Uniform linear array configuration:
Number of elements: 8
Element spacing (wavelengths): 0.75
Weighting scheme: binomial
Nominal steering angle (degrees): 45
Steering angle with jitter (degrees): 46.996
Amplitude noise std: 0.05
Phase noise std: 0.05

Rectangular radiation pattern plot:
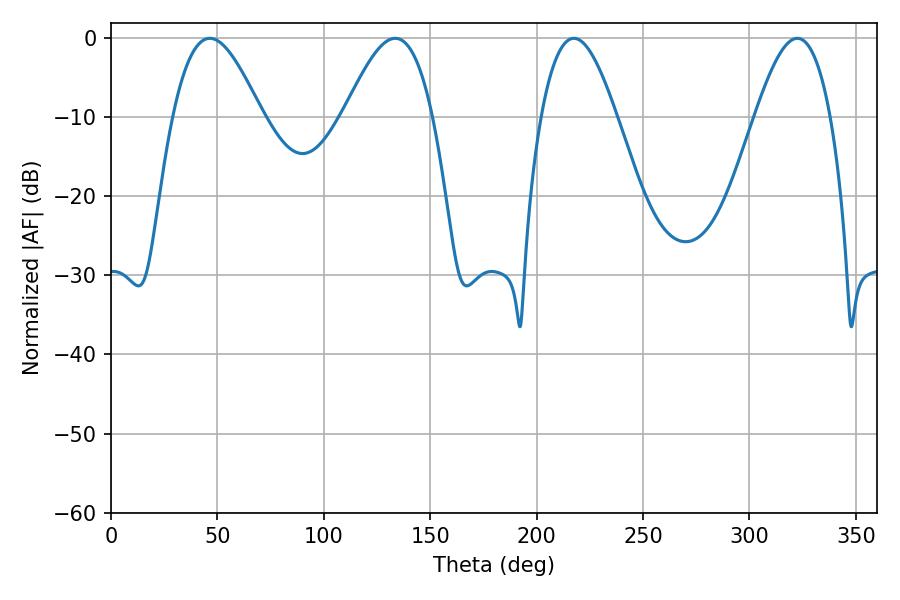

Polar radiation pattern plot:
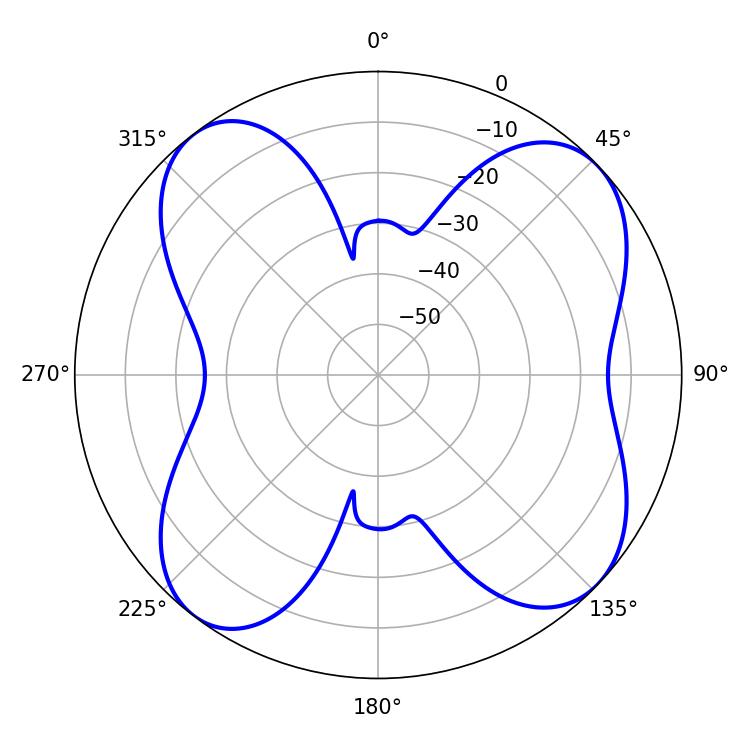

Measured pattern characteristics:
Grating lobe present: TRUE
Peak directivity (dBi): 10.095
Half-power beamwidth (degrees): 22.5
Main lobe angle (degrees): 46.44